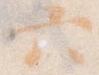
六